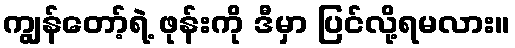
ကျွန်တော့်ရဲ့ ဖုန်းကို ဒီမှာ ပြင်လို့ရမလား။